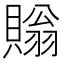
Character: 𧷜